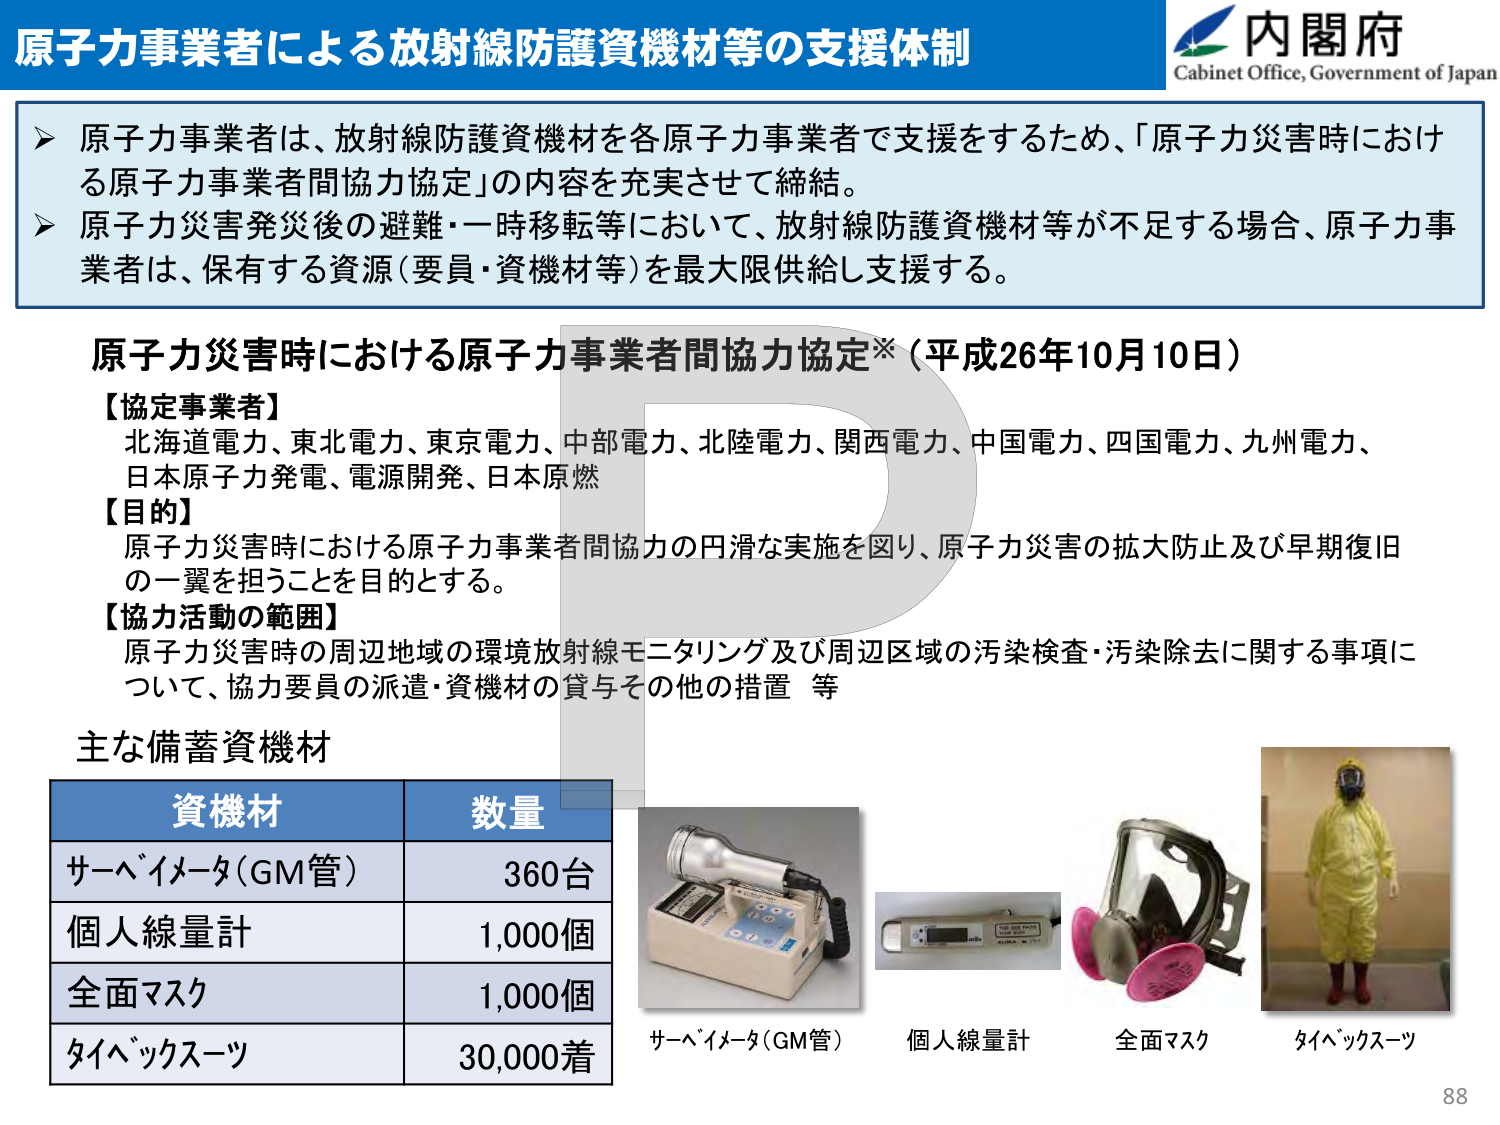
原子力事業者による放射線防護資機材等の支援体制

内閣府
Cabinet Office, Government of Japan

▶ 原子力事業者は、放射線防護資機材を各原子力事業者で支援をするため、「原子力災害時における原子力事業者間協力協定」の内容を充実させて締結。
▶ 原子力災害発災後の避難・一時移転等において、放射線防護資機材等が不足する場合、原子力事業者は、保有する資源（要員・資機材等）を最大限供給し支援する。

原子力災害時における原子力事業者間協力協定*（平成26年10月10日）

【協定事業者】
北海道電力、東北電力、東京電力、中部電力、北陸電力、関西電力、中国電力、四国電力、九州電力、
日本原子力発電、電源開発、日本原燃

【目的】
原子力災害時における原子力事業者間協力の円滑な実施を図り、原子力災害の拡大防止及び早期復旧の一翼を担うことを目的とする。

【協力活動の範囲】
原子力災害時の周辺地域の環境放射線モニタリング及び周辺区域の汚染検査・汚染除去に関する事項について、協力要員の派遣・資機材の貸与その他の措置 等

主な備蓄資機材

資機材　　　　　数量
サーベイメータ（GM管）　　360台
個人線量計　　　　　　1,000個
全面マスク　　　　　　1,000個
タイベックスーツ　　　　30,000着

サーベイメータ（GM管）　　個人線量計　　全面マスク　　タイベックスーツ

88